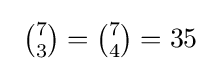
\ \textstyle {\binom {7}{3}}={\binom {7}{4}}=35\